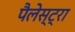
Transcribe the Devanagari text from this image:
पैलेस्ट्रा